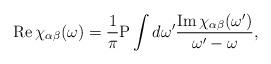
LaTeX: \begin{align*}{\rm Re}\,\chi_{\alpha\beta}(\omega) = {1\over \pi} {\rm P}\int d\omega' {{\rm Im}\,\chi_{\alpha\beta}(\omega')\over \omega'-\omega},\end{align*}